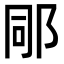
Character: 𨚯